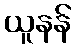
ယူနန်